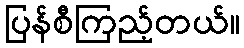
ပြန်စီကြည့်တယ်။